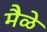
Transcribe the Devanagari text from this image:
मैळे